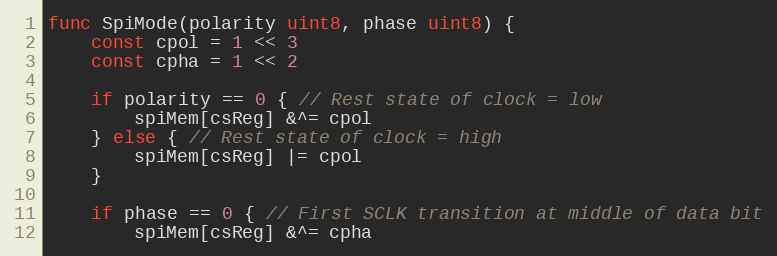
Language: Go
func SpiMode(polarity uint8, phase uint8) {
	const cpol = 1 << 3
	const cpha = 1 << 2

	if polarity == 0 { // Rest state of clock = low
		spiMem[csReg] &^= cpol
	} else { // Rest state of clock = high
		spiMem[csReg] |= cpol
	}

	if phase == 0 { // First SCLK transition at middle of data bit
		spiMem[csReg] &^= cpha